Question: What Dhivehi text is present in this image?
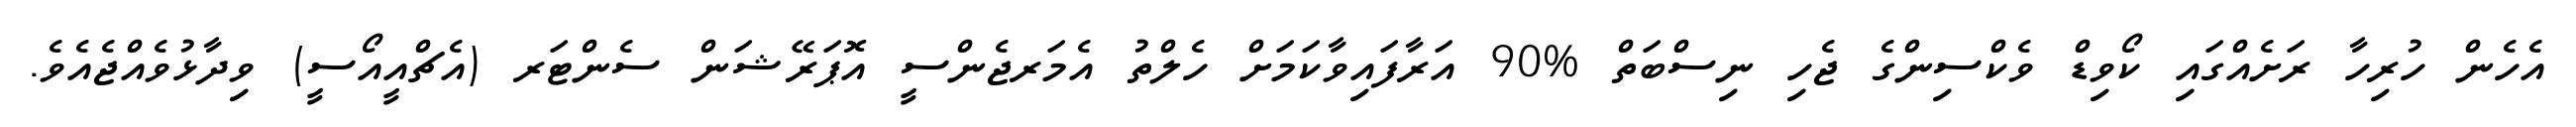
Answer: އެހެން ހުރިހާ ރަށެއްގައި ކޯވިޑް ވެކްސިންގެ ޖެހި ނިސްބަތް %90 އަރާފައިވާކަމަށް ހެލްތު އެމަރޖެންސީ އޮޕަރޭޝަން ސެންޓަރ (އެޗްއީއޯސީ) ވިދާޅުވެއްޖެއެވެ.